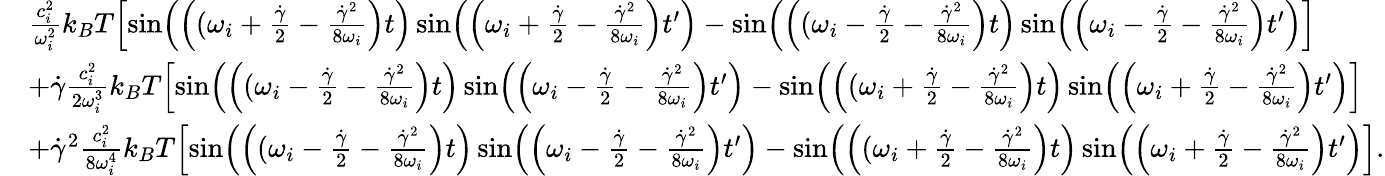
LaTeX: \begin{array}{rl}&{\frac{c_{i}^{2}}{\omega_{i}^{2}}k_{B}T\Bigl[\sin\Bigl(\Bigl((\omega_{i}+\frac{\dot{\gamma}}{2}-\frac{\dot{\gamma}^{2}}{8\omega_{i}}\Bigr)t\Bigr)\sin\Bigl(\Bigl(\omega_{i}+\frac{\dot{\gamma}}{2}-\frac{\dot{\gamma}^{2}}{8\omega_{i}}\Bigr)t^{\prime}\Bigr)-\sin\Bigl(\Bigl((\omega_{i}-\frac{\dot{\gamma}}{2}-\frac{\dot{\gamma}^{2}}{8\omega_{i}}\Bigr)t\Bigr)\sin\Bigl(\Bigl(\omega_{i}-\frac{\dot{\gamma}}{2}-\frac{\dot{\gamma}^{2}}{8\omega_{i}}\Bigr)t^{\prime}\Bigr)\Bigr]}\\ &{+\dot{\gamma}\frac{c_{i}^{2}}{2\omega_{i}^{3}}k_{B}T\Bigl[\sin\Bigl(\Bigl((\omega_{i}-\frac{\dot{\gamma}}{2}-\frac{\dot{\gamma}^{2}}{8\omega_{i}}\Bigr)t\Bigr)\sin\Bigl(\Bigl(\omega_{i}-\frac{\dot{\gamma}}{2}-\frac{\dot{\gamma}^{2}}{8\omega_{i}}\Bigr)t^{\prime}\Bigr)-\sin\Bigl(\Bigl((\omega_{i}+\frac{\dot{\gamma}}{2}-\frac{\dot{\gamma}^{2}}{8\omega_{i}}\Bigr)t\Bigr)\sin\Bigl(\Bigl(\omega_{i}+\frac{\dot{\gamma}}{2}-\frac{\dot{\gamma}^{2}}{8\omega_{i}}\Bigr)t^{\prime}\Bigr)\Bigr]}\\ &{+\dot{\gamma}^{2}\frac{c_{i}^{2}}{8\omega_{i}^{4}}k_{B}T\Bigl[\sin\Bigl(\Bigl((\omega_{i}-\frac{\dot{\gamma}}{2}-\frac{\dot{\gamma}^{2}}{8\omega_{i}}\Bigr)t\Bigr)\sin\Bigl(\Bigl(\omega_{i}-\frac{\dot{\gamma}}{2}-\frac{\dot{\gamma}^{2}}{8\omega_{i}}\Bigr)t^{\prime}\Bigr)-\sin\Bigl(\Bigl((\omega_{i}+\frac{\dot{\gamma}}{2}-\frac{\dot{\gamma}^{2}}{8\omega_{i}}\Bigr)t\Bigr)\sin\Bigl(\Bigl(\omega_{i}+\frac{\dot{\gamma}}{2}-\frac{\dot{\gamma}^{2}}{8\omega_{i}}\Bigr)t^{\prime}\Bigr)\Bigr].}\end{array}